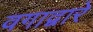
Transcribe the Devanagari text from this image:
वगाद्वारे